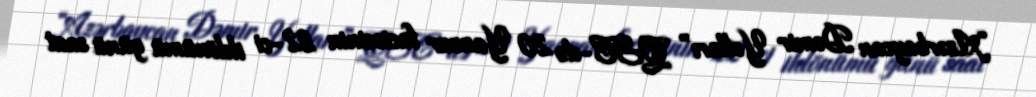
“Azərbaycan Dəmir Yolları” QSC-də 20 Yanvar faciəsinin 22-ci ildönümü günü saat